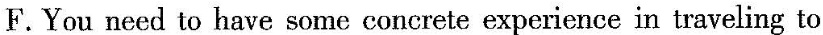
F.You need to have some concrete experience in traveling to